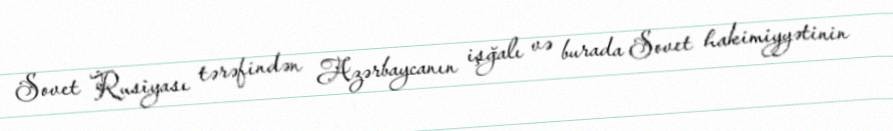
Sovet Rusiyası tərəfindən Azərbaycanın işğalı və burada Sovet hakimiyyətinin